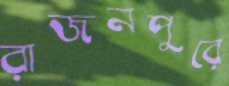
রাজনপুরে